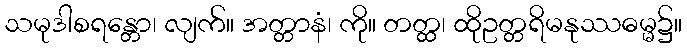
သမုဒါစရန္တော၊ လျက်။ အတ္တာနံ၊ ကို။ တတ္ထ၊ ထိုဥတ္တရိမနုဿဓမ္မ၌။